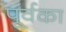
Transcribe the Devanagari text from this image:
पूर्वका